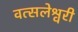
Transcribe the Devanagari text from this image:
वत्सलेश्वरी